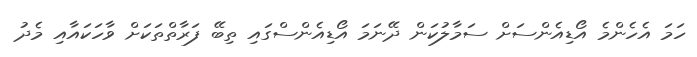
ހަމަ އެހެންމެ އޯޑިއެންސަށް ސަމާލުކަން ދޭނަމަ އޯޑިއެންސްގައި ތިބޭ ފަރާތްތަކަށް ވާހަކައާއި މެދު